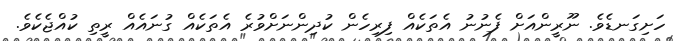
ހަށިގަނޑެވެ. ނޫރީންއަށް ފެނުނު އެތަކެއް ފިރިހެން ކުދިންނަށްވުރެ އެތަކެއް ގުނައެއް ރީތި ކުއްޖެކެވެ.